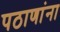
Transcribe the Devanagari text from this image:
पठाणांना